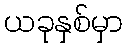
ယခုနှစ်မှာ